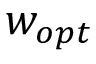
\boldsymbol { w _ { o p t } }